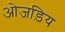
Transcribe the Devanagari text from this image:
ओजड़िय